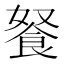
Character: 𲋖